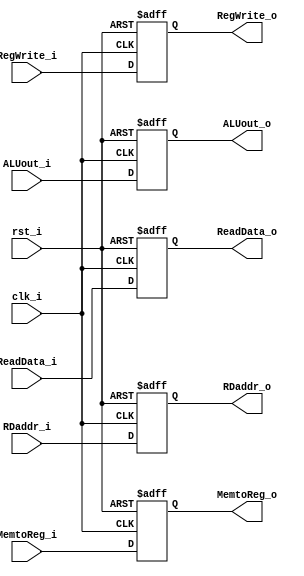
module MEMWB
(
    rst_i,
    clk_i,
    RegWrite_i,
    MemtoReg_i,
    ALUout_i,
    ReadData_i,
    RDaddr_i,
    RegWrite_o,
    MemtoReg_o,
    ALUout_o,
    ReadData_o,
    RDaddr_o
);

    input    rst_i;
    input    clk_i;
    input    RegWrite_i;
    input    MemtoReg_i;
    input [31:0]  ALUout_i;
    input [31:0]  ReadData_i;
    input [4:0]   RDaddr_i;
    output reg    RegWrite_o;
    output reg    MemtoReg_o;
    output reg [31:0]  ALUout_o;
    output reg [31:0]  ReadData_o;
    output reg [4:0]   RDaddr_o;

    initial begin
        RegWrite_o = 1'b0;
        MemtoReg_o = 1'b0;
        ALUout_o = 32'b0;
        ReadData_o = 32'b0;
        RDaddr_o = 5'b0;
    end

    always@(posedge clk_i or negedge rst_i) begin
        if(~rst_i) begin
            RegWrite_o <= 1'b0;
            MemtoReg_o <= 1'b0;
            ALUout_o <= 32'b0;
            ReadData_o <= 32'b0;
            RDaddr_o <= 5'b0;
        end else begin
            RegWrite_o <= RegWrite_i;
            MemtoReg_o <= MemtoReg_i;
            ALUout_o <= ALUout_i;
            ReadData_o <= ReadData_i;
            RDaddr_o <= RDaddr_i;
        end
    end

endmodule